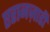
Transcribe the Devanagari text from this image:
एरानज़ाडी